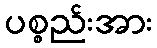
ပစ္စည်းအား